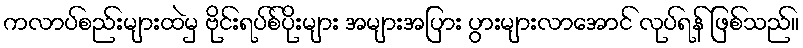
ကလာပ်စည်းများထဲမှ ဗိုင်းရပ်စ်ပိုးများ အများအပြား ပွားများလာအောင် လုပ်ရန် ဖြစ်သည်။